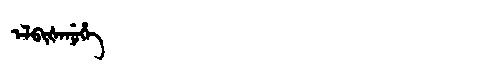
Manchu: ᡝᠯᠪᡳᡧᡝᠨᡠᡥᡝ
Romanization: ELBIŠENUHE